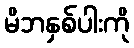
မိဘနှစ်ပါးကို